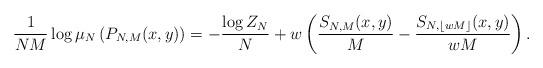
LaTeX: \begin{align*} \frac{1}{NM} \log \mu_N\left(P_{N,M}(x,y)\right) = -\frac{\log Z_N}{N} + w\left(\frac{S_{N,M}(x,y)}{M} - \frac{S_{N,\lfloor wM\rfloor}(x,y)}{wM}\right).\end{align*}